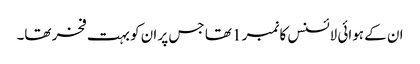
ان کے ہوائی لائسنس کا نمبر 1 تھا جس پر ان کو بہت فخر تھا۔